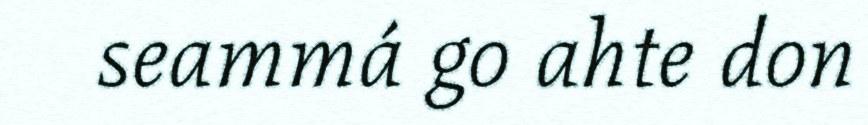
seammá go ahte don